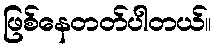
ဖြစ်နေတတ်ပါတယ်။